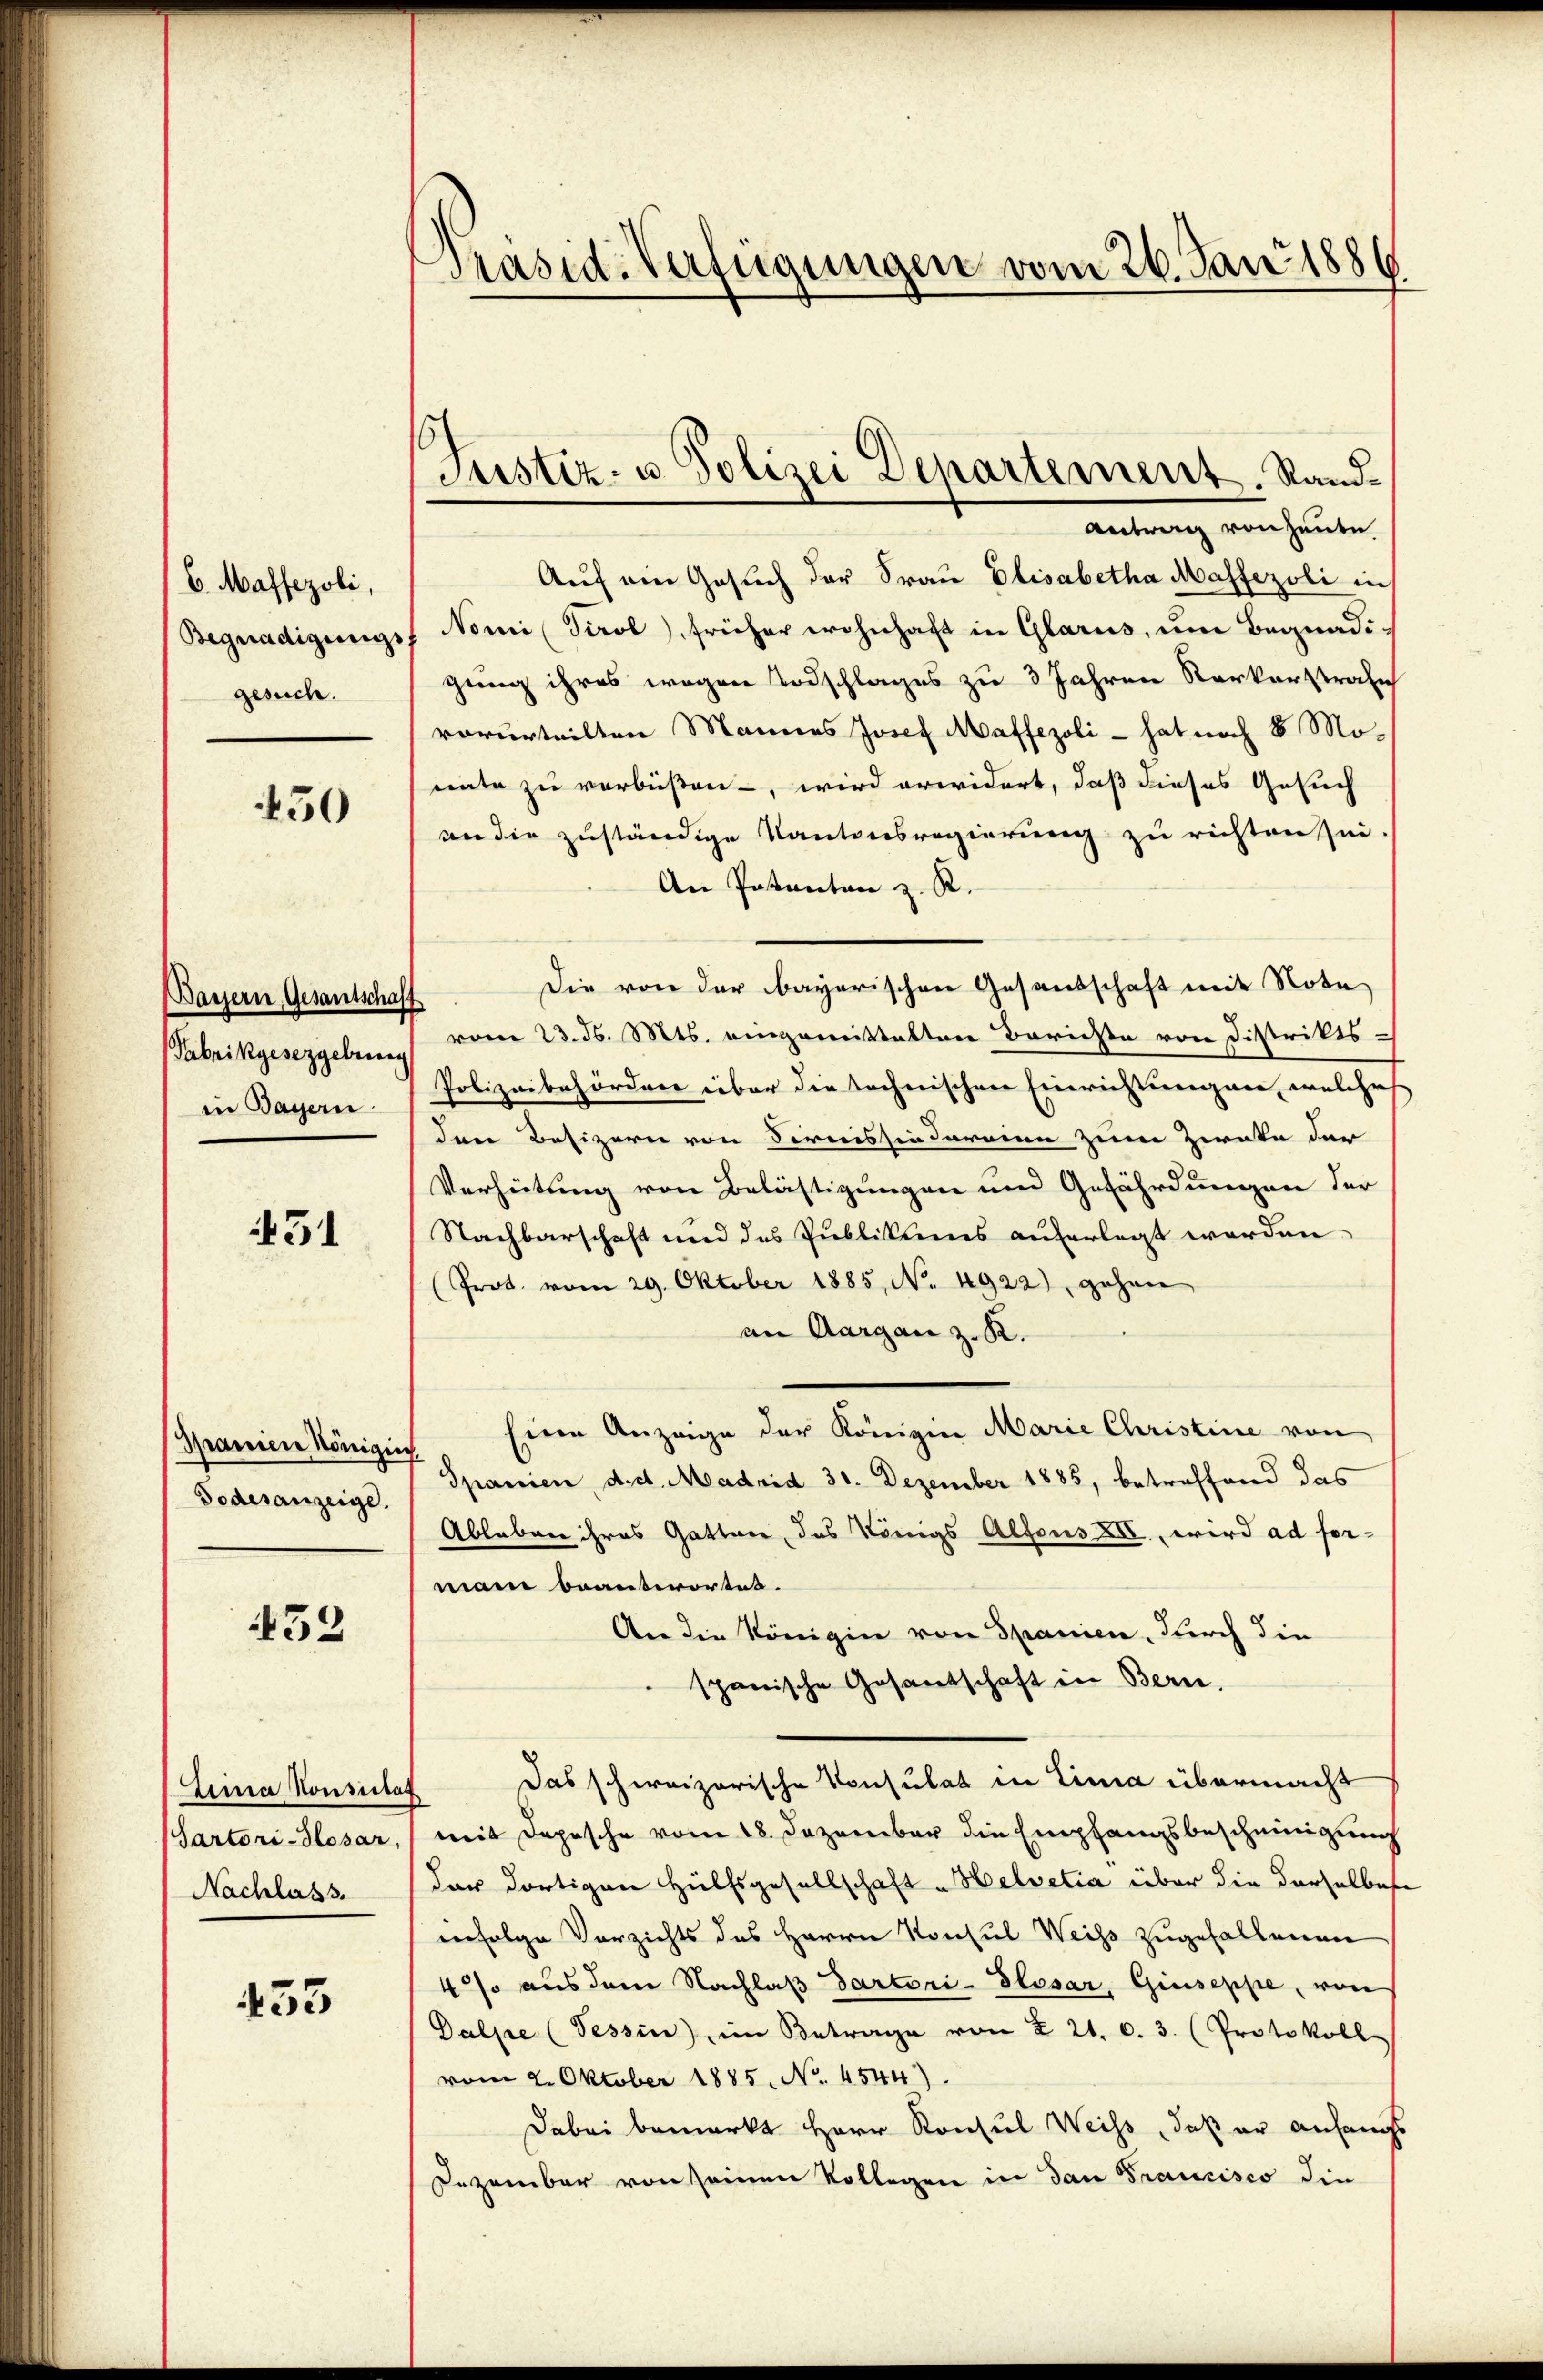
(6. Massezoli,
Begnadigungs
gesuch.

450

(Bayern, Gesantschaff
Pabrikgesezgebung
in Bayern

451

Spanien Königin
Todesanzeige.

452

Lina Vonsulat
(Sartori-Plosar,
Nachlass

433

PPräsid. Verfügungen vom 26. Juni 1886

Justiz- u. Polizei Departement, Stand¬
Antrag von heute

Auf ein Gesuch der Frau Elisabetha Massezoli in
Nomi (Tirol, früher wohnhaft in Glarus, um Begnadigung ihres wegen Todschlages zu 3 Jahren Kerkerstrafe
vorurteilten Mannes Josef Maffezoli - hat noch 8 Monate zu verbüßen, wird erwidert, daß dieses Gesuch
an die zuständige Kantonsregierung zu richten sei.
An Patentare z. R.
Die von der bayerischen Gesandschaft mit Note
vom 23. d. Mts. eingemittalten Berichte von Distritts¬
Polizeibehördere über die tochnischen Einrichtungen, welches
den Besizern von Firnissin darinn zum Zwecke der
Verheitung von Belästigungen und Gefährdungen der
Nachbarschaft und des Publikums auferlegt werden.
(Prot. vom 29. Oktober 1885, No. 4922), gehen
an Aargau z. K.
Eine Anzeige der Königin Marie Christine von
Spanien, d. d. Madrid 30. Dezember 1885, betreffend das
Ableben ihres Gattner, das Königs Alfons XII. wird ad formai beantwortet.
An die Königin von Spanien, durch die
spanische Gesandschaft in Berne.
Das schweizerische Konsulat in Lina übermacht
mit Depesche vom 18. Dezember die Empfangsbescheinigung
der dortigen Hülfsgesellschaft "Helvetia über die derselbere
infolge Verzichts des Herrn Konsul Weiss zugefallenen
4% aus dem Nachlaß dartori-Slosar, Giuseppe, von
Dalpe (Tessin, im Betrage von § 21. c. 3. (Protokoll
vom 2. Oktober 1885, No. 4544)
Dabei bemerkt Herr Konsul Weiss, daß er anfangs
Dezember von seinen Kollegen in dan Francisco die